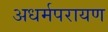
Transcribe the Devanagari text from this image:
अधर्मपरायण